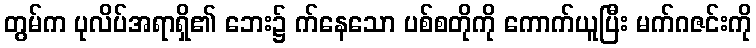
တွမ်က ပုလိပ်အရာရှိ၏ ဘေး၌ က်နေသော ပစ်စတိုကို ကောက်ယူပြီး မက်ဂဇင်းကို